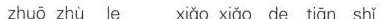
zhuō zhù le xiǎo xiǎo de tiān shǐ